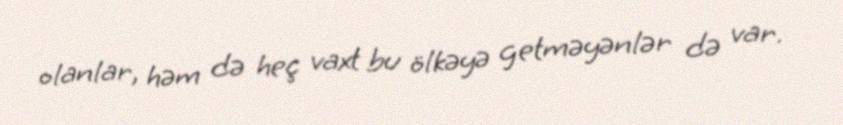
olanlar, həm də heç vaxt bu ölkəyə getməyənlər də var.